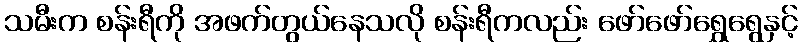
သမီးက စန်းရီကို အဖက်တွယ်နေသလို စန်းရီကလည်း ဖော်ဖော်ရွှေရွေနှင့်